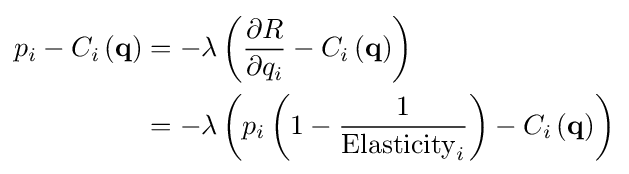
{\begin{aligned}p_{i}-C_{i}\left(\mathbf {q} \right)&=-\lambda \left({\frac {\partial R}{\partial q_{i}}}-C_{i}\left(\mathbf {q} \right)\right)\\&=-\lambda \left(p_{i}\left(1-{\frac {1}{\mathrm {Elasticity} _{i}}}\right)-C_{i}\left(\mathbf {q} \right)\right)\end{aligned}}